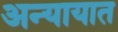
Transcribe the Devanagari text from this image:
अन्यायात